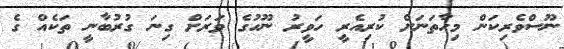
ނޫސްވެރިކަން މިހާތަނަށް ކުރިއެރީ ހަވީރު ނޫހުގެ ވަރަށް ގިނަ ގުރުބާނީ ތަކެއް ގެ